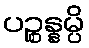
ပဉ္စန္နမ္ပိ